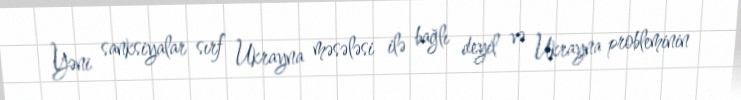
Yəni sanksiyalar sırf Ukrayna məsələsi ilə bağlı deyil və Ukrayna probleminin